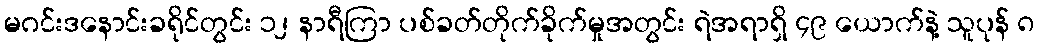
မဂင်းဒနောင်းခရိုင်တွင်း ၁၂ နာရီကြာ ပစ်ခတ်တိုက်ခိုက်မှုအတွင်း ရဲအရာရှိ ၄၉ ယောက်နဲ့ သူပုန် ၈